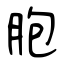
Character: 胞